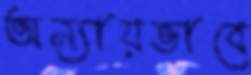
অন্যায়ভাবে